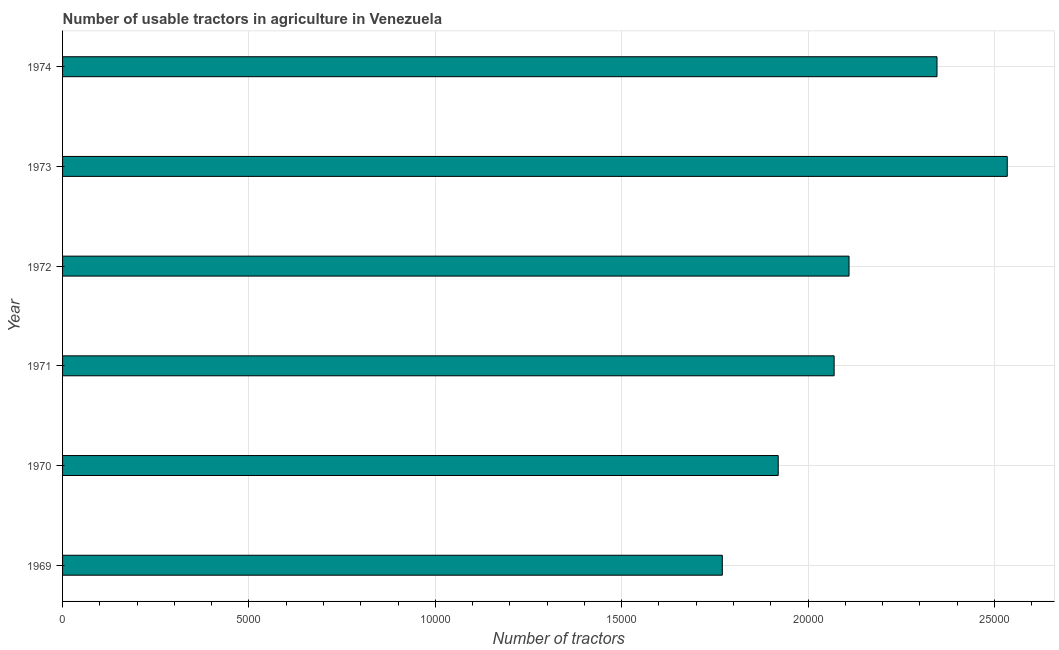
| Year | Agricultural machinery |
 | --- | --- |
 | 1969 | 1.77e+04 |
 | 1970 | 1.92e+04 |
 | 1971 | 2.07e+04 |
 | 1972 | 2.11e+04 |
 | 1973 | 2.53e+04 |
 | 1974 | 2.35e+04 |